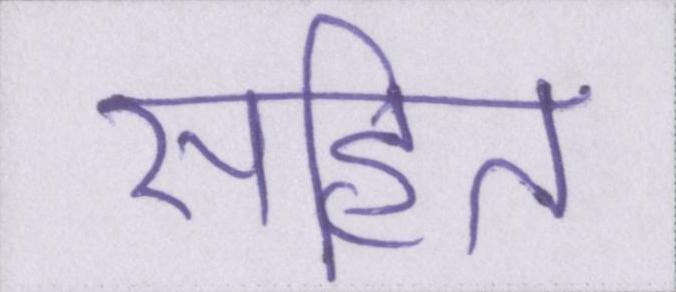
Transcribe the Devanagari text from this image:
सहित